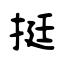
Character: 挺